Scottish Leaving Certificate Examination, 1958
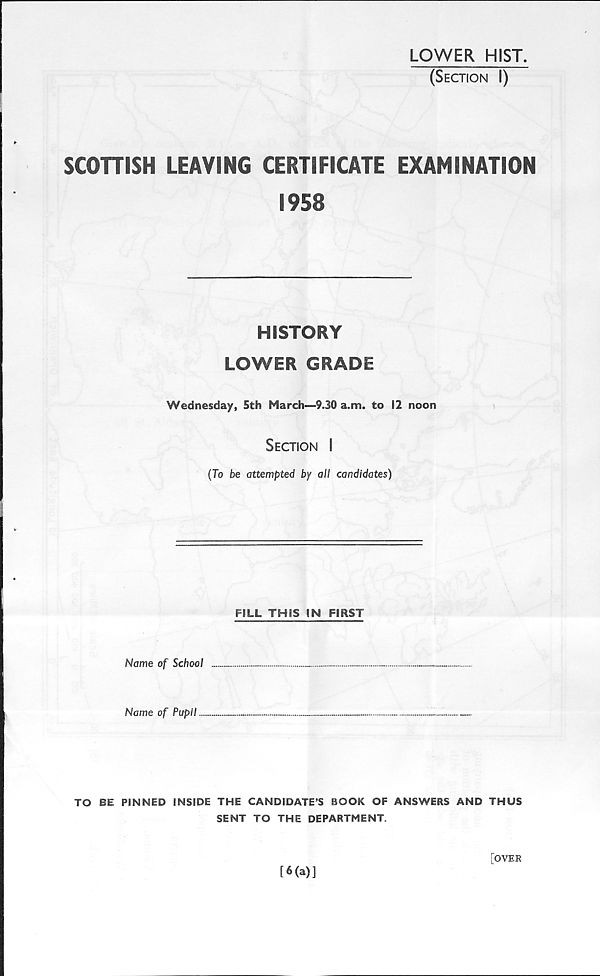
LOWER HIST.
(Section I)
SCOHISH LEAVING CERTIFICATE EXAMINATION
1958
HISTORY
LOWER GRADE
Wednesday, 5th March—9.30 a.m. to 12 noon
Section I
(To be attempted by all candidates)
FILL THIS IN FIRST
Name of School
Name of Pupil
TO BE PINNED INSIDE THE CANDIDATE’S BOOK OF ANSWERS AND THUS
SENT TO THE DEPARTMENT.
[6(a)]
[OYER